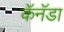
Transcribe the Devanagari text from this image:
कॅनॅडा